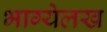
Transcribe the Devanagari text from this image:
भाग्येलख